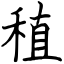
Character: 稙